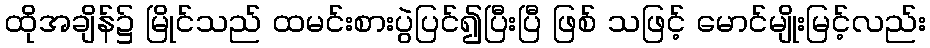
ထိုအချိန်၌ မြိုင်သည် ထမင်းစားပွဲပြင်၍ပြီးပြီ ဖြစ် သဖြင့် မောင်မျိုးမြင့်လည်း